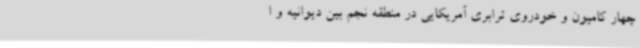
چهار کامیون و خودروی ترابری آمریکایی در منطقه نجم بین دیوانیه و ا